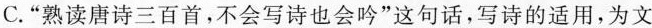
C.”熟读唐诗三百首，不会写诗也会吟”这句话，写诗的适用，为文